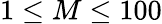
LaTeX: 1\le M\le 100